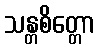
သန္တစိတ္တော